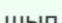
шып